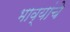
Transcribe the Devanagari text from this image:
भाव्यांचे